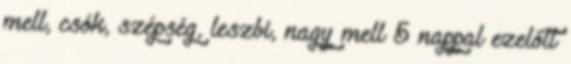
mell, csók, szépség, leszbi, nagy mell 5 nappal ezelőtt